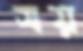
সয়